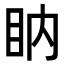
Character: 𥄋